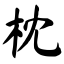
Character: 枕